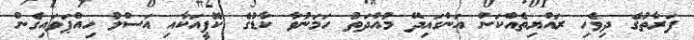
ފަރާތުގެ ދިވެހި ރައްޔިތެއްކަން އަންގައިދޭ މުއްދަތު ހަމަނުވާ ކާޑުގެ ކޮޕީއަކާއި އަސްލު ހިއްޕަވައިގެން